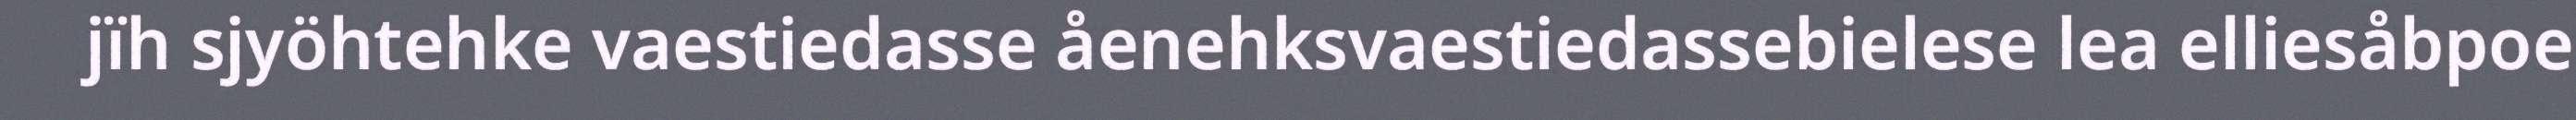
jïh sjyöhtehke vaestiedasse åenehksvaestiedassebielese lea elliesåbpoe